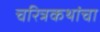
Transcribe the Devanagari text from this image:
चरित्रकथांचा